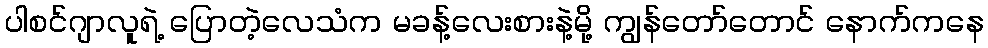
ပါစင်ဂျာလူရဲ့ ပြောတဲ့လေသံက မခန့်လေးစားနဲ့မို့ ကျွန်တော်တောင် နောက်ကနေ